Report of veterinary surgeon J.H. Steel, A.V.D., on his investigation into an obscure and fatal disease among transport mules in British Burma
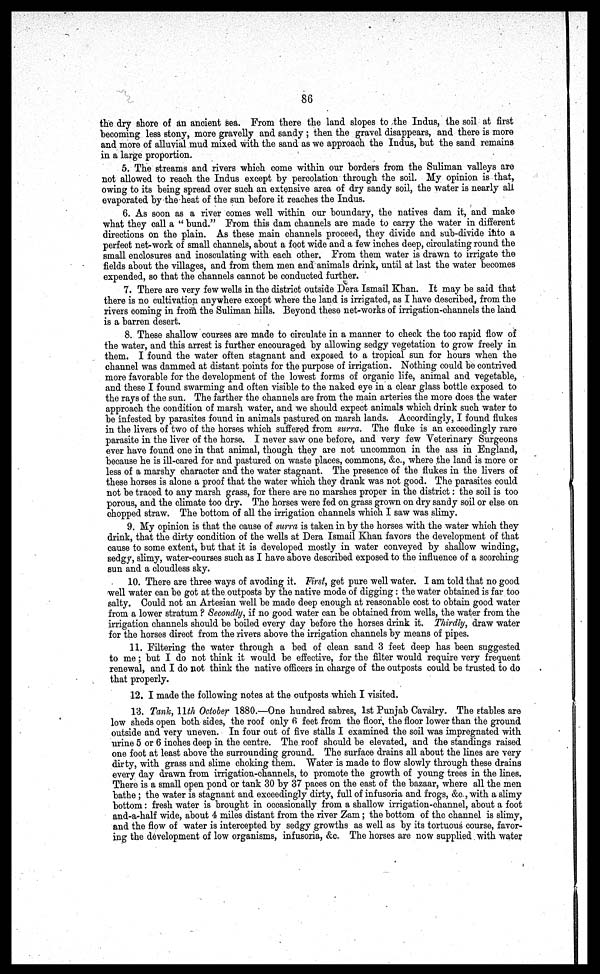
86
the dry shore of an ancient sea. From there the land slopes to the Indus, the soil at first
becoming less stony, more gravelly and sandy ; then the gravel disappears, and there is more
and more of alluvial mud mixed with the sand as we approach the Indus, but the sand remains
in a large proportion.
5. The streams and rivers which come within our borders from the Suliman valleys are
not allowed to reach the Indus except by percolation through the soil. My opinion is that,
owing to its being spread over such an extensive area of dry sandy soil, the water is nearly all
evaporated by the heat of the sun before it reaches the Indus.
6. As soon as a river comes well within our boundary, the natives dam it, and make
what they call a "bund." From this dam channels are made to carry the water in different
directions on the plain. As these main channels proceed, they divide and sub-divide into a
perfect net-work of small channels, about a foot wide and a few inches deep, circulating round the
small enclosures and inosculating with each other. From them water is drawn to irrigate the
fields about the villages, and from them men and animals drink, until at last the water becomes
expended, so that the channels cannot be conducted further.
7. There are very few wells in the district outside Dera Ismail Khan. It may be said that
there is no cultivation anywhere except where the land is irrigated, as I have described, from the
rivers coming in from the Suliman hills. Beyond these net-works of irrigation-channels the land
is a barren desert.
8. These shallow courses are made to circulate in a manner to check the too rapid flow of
the water, and this arrest is further encouraged by allowing sedgy vegetation to grow freely in
them. I found the water often stagnant and exposed to a tropical sun for hours when the
channel was dammed at distant points for the purpose of irrigation. Nothing could be contrived
more favorable for the development of the lowest forms of organic life, animal and vegetable,
and these I found swarming and often visible to the naked eye in a clear glass bottle exposed to
the rays of the sun. The farther the channels are from the main arteries the more does the water
approach the condition of marsh water, and we should expect animals which drink such water to
be infested by parasites found in animals pastured on marsh lands. Accordingly, I found flukes
in the livers of two of the horses which suffered from surra. The fluke is an exceedingly rare
parasite in the liver of the horse. I never saw one before, and very few Veterinary Surgeons
ever have found one in that animal, though they are not uncommon in the ass in England,
because he is ill-cared for and pastured on waste places, commons, &c., where the land is more or
less of a marshy character and the water stagnant. The presence of the flukes in the livers of
these horses is alone a proof that the water which they drank was not good. The parasites could
not be traced to any marsh grass, for there are no marshes proper in the district: the soil is too
porous, and the climate too dry. The horses were fed on grass grown on dry sandy soil or else on
chopped straw. The bottom of all the irrigation channels which I saw was slimy.
9. My opinion is that the cause of surra is taken in by the horses with the water which they
drink, that the dirty condition of the wells at Dera Ismail Khan favors the development of that
cause to some extent, but that it is developed mostly in water conveyed by shallow winding,
sedgy, slimy, water-courses such as I have above described exposed to the influence of a scorching
sun and a cloudless sky.
10. There are three ways of avoding it. First, get pure well water. I am told that no good
well water can be got at the outposts by the native mode of digging: the water obtained is far too
salty. Could not an Artesian well be made deep enough at reasonable cost to obtain good water
from a lower stratum ? Secondly, if no good water can be obtained from wells, the water from the
irrigation channels should be boiled every day before the horses drink it. Thirdly, draw water
for the horses direct from the rivers above the irrigation channels by means of pipes.
11. Filtering the water through a bed of clean sand 3 feet deep has been suggested
to me; but I do not think it would be effective, for the filter would require very frequent
renewal, and I do not think the native officers in charge of the outposts could be trusted to do
that properly.
12. I made the following notes at the outposts which I visited.
13. Tank, 11th October 1880 —One hundred sabres, 1st Punjab Cavalry. The stables are
low sheds open both sides, the roof only 6 feet from the floor, the floor lower than the ground
outside and very uneven. In four out of five stalls I examined the soil was impregnated with
urine 5 or 6 inches deep in the centre. The roof should be elevated, and the standings raised
one foot at least above the surrounding ground. The surface drains all about the lines are very
dirty, with grass and slime choking them. Water is made to flow slowly through these drains
every day drawn from irrigation-channels, to promote the growth of young trees in the lines.
There is a small open pond or tank 30 by 37 paces on the east of the bazaar, where all the men
bathe ; the water is stagnant and exceedingly dirty, full of infusoria and frogs, &c., with a slimy
bottom: fresh water is brought in occasionally from a shallow irrigation-channel, about a foot
and-a-half wide, about 4 miles distant from the river Zam; the bottom of the channel is slimy,
and the flow of water is intercepted by sedgy growths as well as by its tortuous course, favor-
ing the development of low organisms, infusoria, &c. The horses are now supplied with water